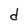
Character: d